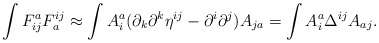
\begin{align*}\int F^{a}_{ij}F^{ij}_{a}\approx\int A_{i}^{a}(\partial_{k}\partial^{k}\eta^{ij}-\partial^{i}\partial^{j})A_{ja}=\int A_{i}^{a}\Delta^{ij}A_{aj}.\end{align*}